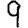
Digit: 9